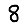
Digit: 8